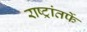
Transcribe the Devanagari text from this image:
राष्ट्रांतर्फे